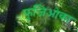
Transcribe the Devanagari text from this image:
फुजिओका